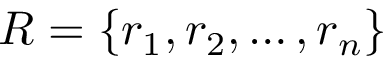
R = \{ r _ { 1 } , r _ { 2 } , \ldots , r _ { n } \}